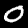
Digit: 0